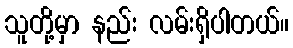
သူတို့မှာ နည်း လမ်းရှိပါတယ်။